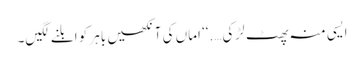
ایسی منہ پھٹ لڑکی….‘‘ اماں کی آنکھیں باہر کو ابلنے لگیں۔